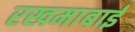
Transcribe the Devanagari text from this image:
रखमाबाईं